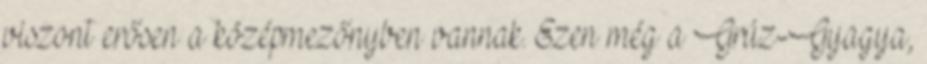
viszont erősen a középmezőnyben vannak. Ezen még a Grúz-Gyagya,